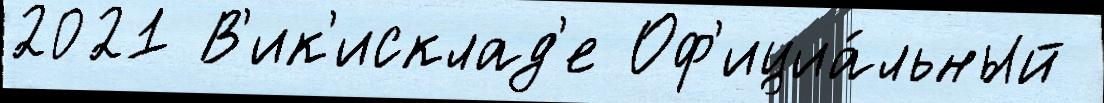
2021 В'ик'исклад'е Оф'ициа́льный